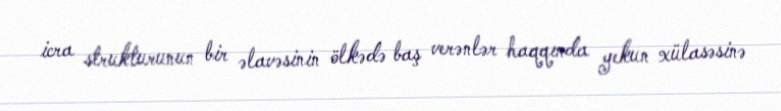
icra strukturunun bir əlavəsinin ölkədə baş verənlər haqqında yekun xülasəsinə